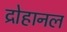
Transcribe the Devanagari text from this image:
द्रोहानल